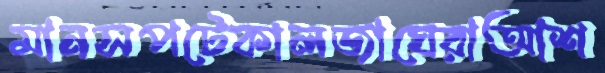
মানসপটেকালজাঘেরাআশ